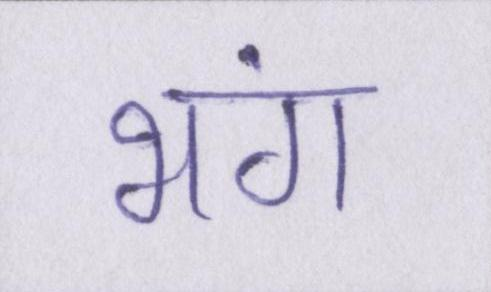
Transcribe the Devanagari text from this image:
भंग